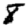
Digit: 8